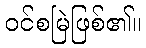
ဝင်စမြဲဖြစ်၏။